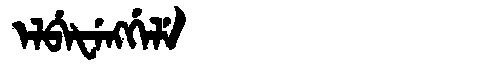
Manchu: ᡝᠯᠪᡝᡶᡝᠩᡤᡝᠯᡝ
Romanization: ELBEFENGGELE